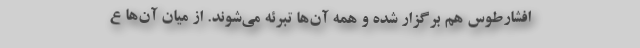
افشارطوس هم برگزار شده و همه آن‌ها تبرئه می‌شوند. از میان آن‌ها ع